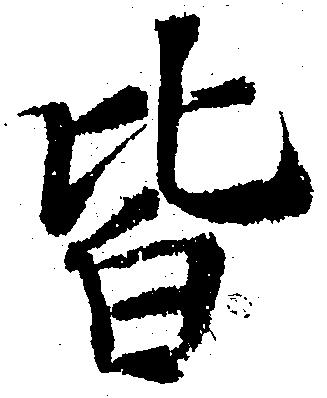
皆